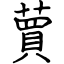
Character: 蕒